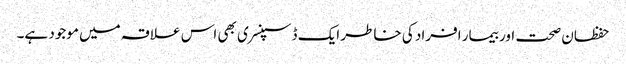
حفظان صحت اور بیمار افراد کی خاطر ایک ڈسپنسری بھی اس علاقہ میں موجود ہے۔